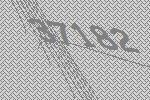
37182